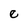
Character: e